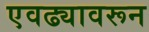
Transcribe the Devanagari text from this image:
एवढ्यावरून